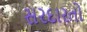
સરદારતો